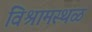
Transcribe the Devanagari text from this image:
विश्रामस्थळ